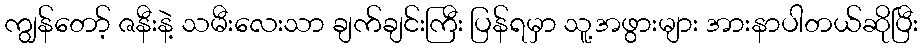
ကျွန်တော့် ဇနီးနဲ့ သမီးလေးသာ ချက်ချင်းကြီး ပြန်ရမှာ သူ့အဖွားများ အားနာပါတယ်ဆိုပြီး